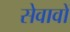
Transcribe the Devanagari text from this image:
सेवावों